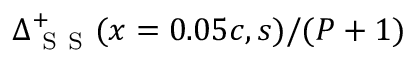
\Delta _ { \mathrm { ~ S ~ S ~ } } ^ { + } ( x = 0 . 0 5 c , s ) / ( P + 1 )